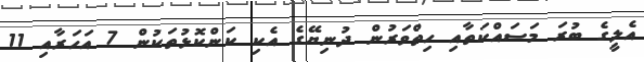
އެލީގެ ބުރަ މަސައްކަތާއި ހިތްވަރުން ދުނިޔޭގެ އެކި ކަންކޮޅުތަކުން 7 އަހަރާއި 11